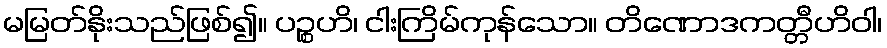
မမြတ်နိုးသည်ဖြစ်၍။ ပဉ္စဟိ၊ ငါးကြိမ်ကုန်သော။ တိဏောဒကတ္တီဟိဝါ၊